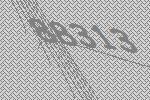
88313